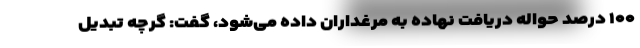
۱۰۰ درصد حواله دریافت نهاده به مرغداران داده می‌شود، گفت: گرچه تبدیل